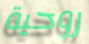
روحية